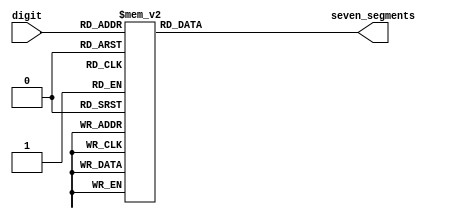
module sm_hex_display_1
(
    input      [3:0] digit,
    output reg [6:0] seven_segments
);
    always @*
        case (digit)
        'h0: seven_segments = 'b1000000;  
        'h1: seven_segments = 'b1111001;
        'h2: seven_segments = 'b0100100;  
        'h3: seven_segments = 'b0110000;  
        'h4: seven_segments = 'b0011001;  
        'h5: seven_segments = 'b0010010;  
        'h6: seven_segments = 'b0000010;  
        'h7: seven_segments = 'b1111000;  
        'h8: seven_segments = 'b0000000;  
        'h9: seven_segments = 'b0011000;  
        'ha: seven_segments = 'b0001000;  
        'hb: seven_segments = 'b0000011;
        'hc: seven_segments = 'b1000110;
        'hd: seven_segments = 'b0100001;
        'he: seven_segments = 'b0000110;
        'hf: seven_segments = 'b0001110;
        endcase
endmodule